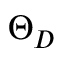
\Theta _ { D }